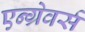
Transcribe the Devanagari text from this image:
एन्ग्रेवर्स